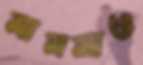
মামলাও